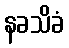
နခသိခံ